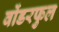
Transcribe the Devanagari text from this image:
वोंडरफुल